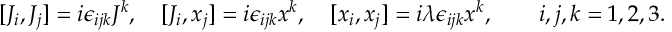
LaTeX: [ J _ { i } , J _ { j } ] = i \epsilon _ { i j k } J ^ { k } , \quad [ J _ { i } , x _ { j } ] = i \epsilon _ { i j k } x ^ { k } , \quad [ x _ { i } , x _ { j } ] = i \lambda \epsilon _ { i j k } x ^ { k } , \quad \quad i , j , k = 1 , 2 , 3 .